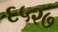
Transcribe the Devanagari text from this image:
६५२७